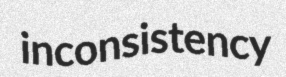
inconsistency